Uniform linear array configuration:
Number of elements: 24
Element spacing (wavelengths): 0.5
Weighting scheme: cosine
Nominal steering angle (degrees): -45
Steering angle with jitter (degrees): -46.711
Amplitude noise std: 0.05
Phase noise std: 0.05

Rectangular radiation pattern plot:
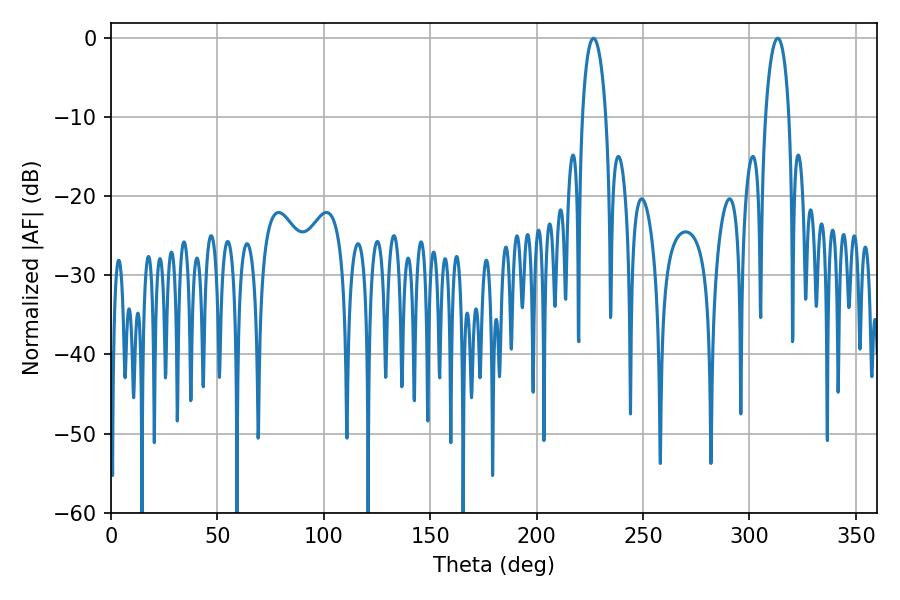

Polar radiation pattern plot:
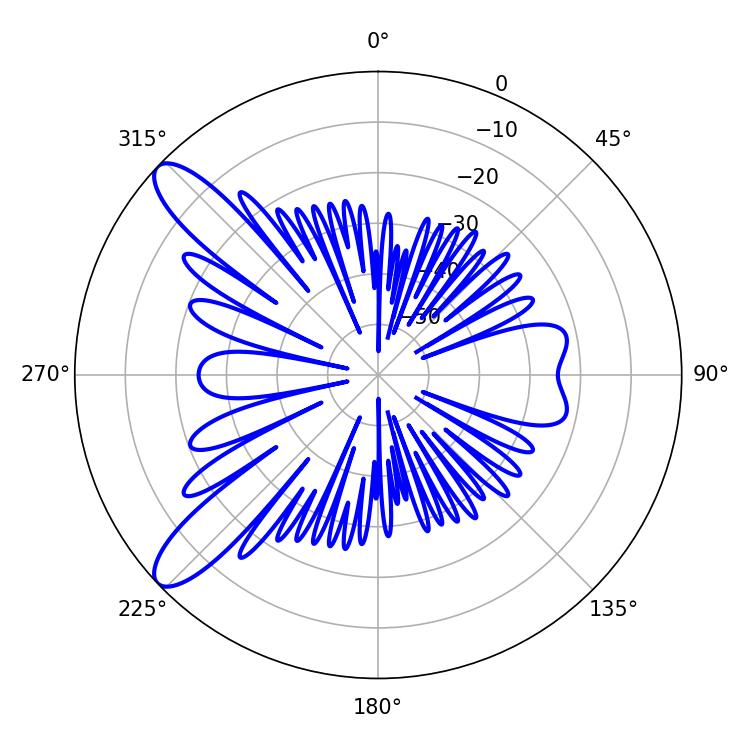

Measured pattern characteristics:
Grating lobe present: FALSE
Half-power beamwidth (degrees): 6.48
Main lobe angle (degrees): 226.62